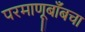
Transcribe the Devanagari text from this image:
परमाणूबाँबचा